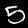
Label: 5